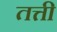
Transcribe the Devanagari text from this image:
तत्ती